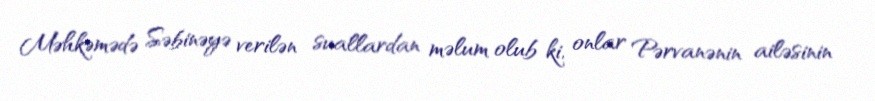
Məhkəmədə Səbinəyə verilən suallardan məlum olub ki, onlar Pərvanənin ailəsinin